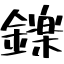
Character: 鑠